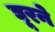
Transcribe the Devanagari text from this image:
घूरने